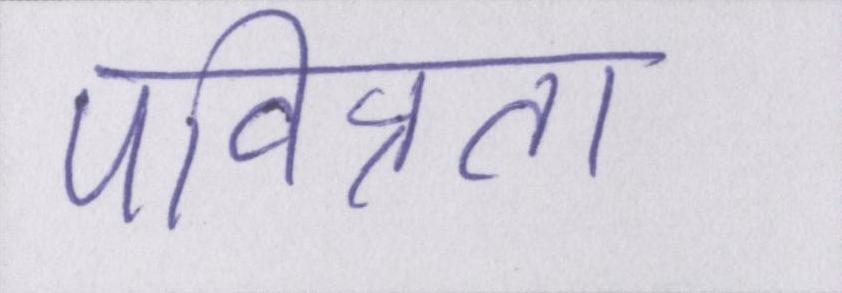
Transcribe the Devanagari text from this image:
पवित्रता